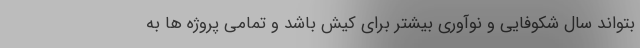
بتواند سال شکوفایی و نوآوری بیشتر برای کیش باشد و تمامی پروژه ها به